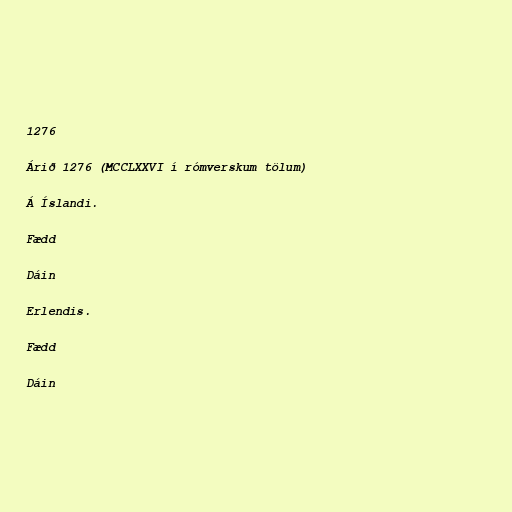
1276

Árið 1276 (MCCLXXVI í rómverskum tölum)

Á Íslandi.

Fædd

Dáin

Erlendis.

Fædd

Dáin